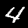
Label: 4